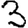
Digit: 3